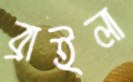
ব্রাইলা